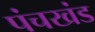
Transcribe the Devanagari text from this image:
पंचखंड